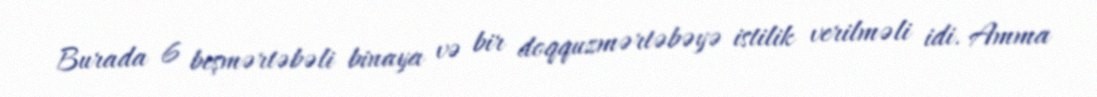
Burada 6 beşmərtəbəli binaya və bir doqquzmərtəbəyə istilik verilməli idi. Amma